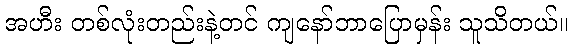
အဟီး တစ်လုံးတည်းနဲ့တင် ကျနော်ဘာပြောမှန်း သူသိတယ်။